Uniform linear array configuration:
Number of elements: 4
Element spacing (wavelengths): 0.5
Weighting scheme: exponential
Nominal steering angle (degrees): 0
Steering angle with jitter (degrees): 0.6407
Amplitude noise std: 0.05
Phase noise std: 0.05

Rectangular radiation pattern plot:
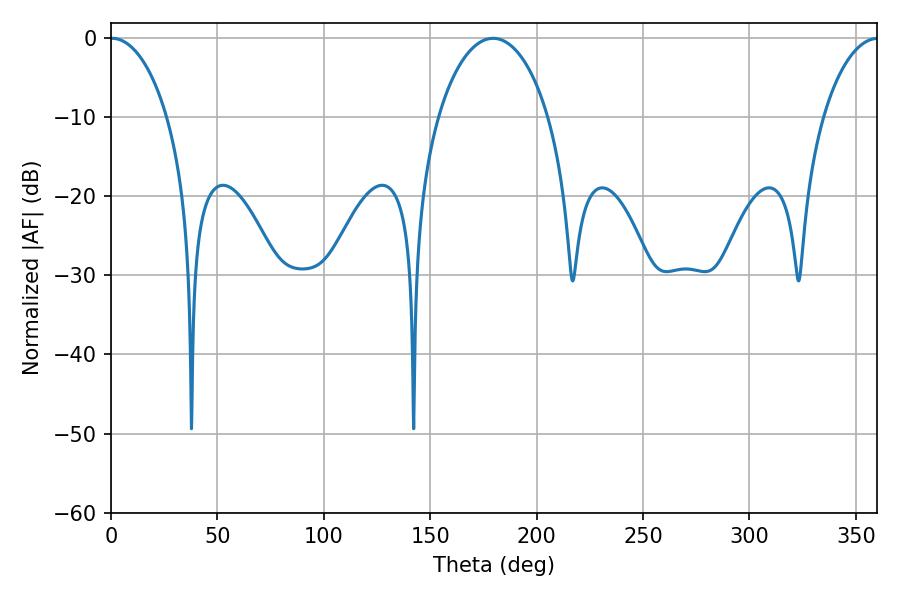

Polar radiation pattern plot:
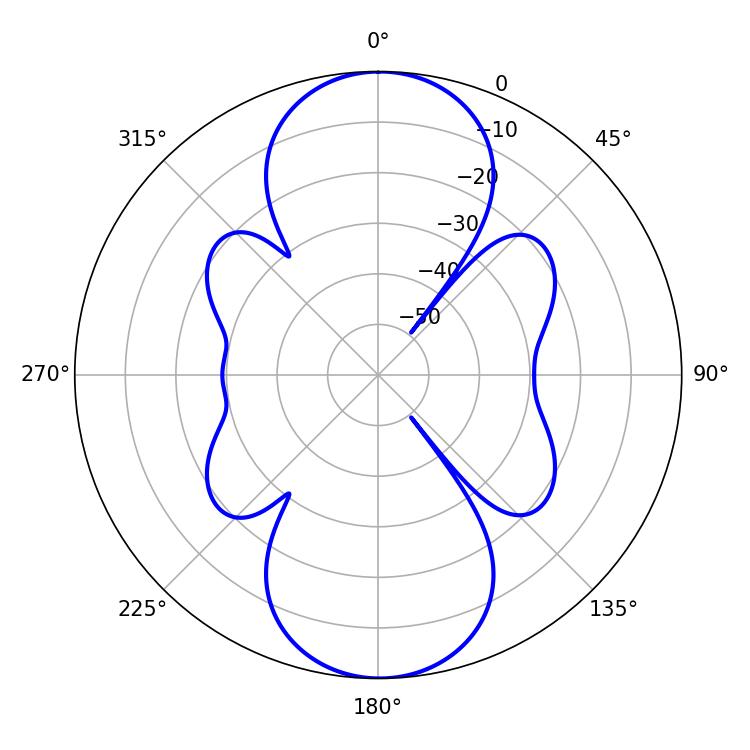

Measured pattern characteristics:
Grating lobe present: FALSE
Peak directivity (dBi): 23.2
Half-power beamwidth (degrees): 15.3
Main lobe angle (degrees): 0.54